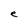
Character: e